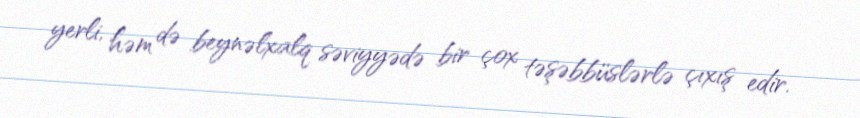
yerli, həm də beynəlxalq səviyyədə bir çox təşəbbüslərlə çıxış edir.